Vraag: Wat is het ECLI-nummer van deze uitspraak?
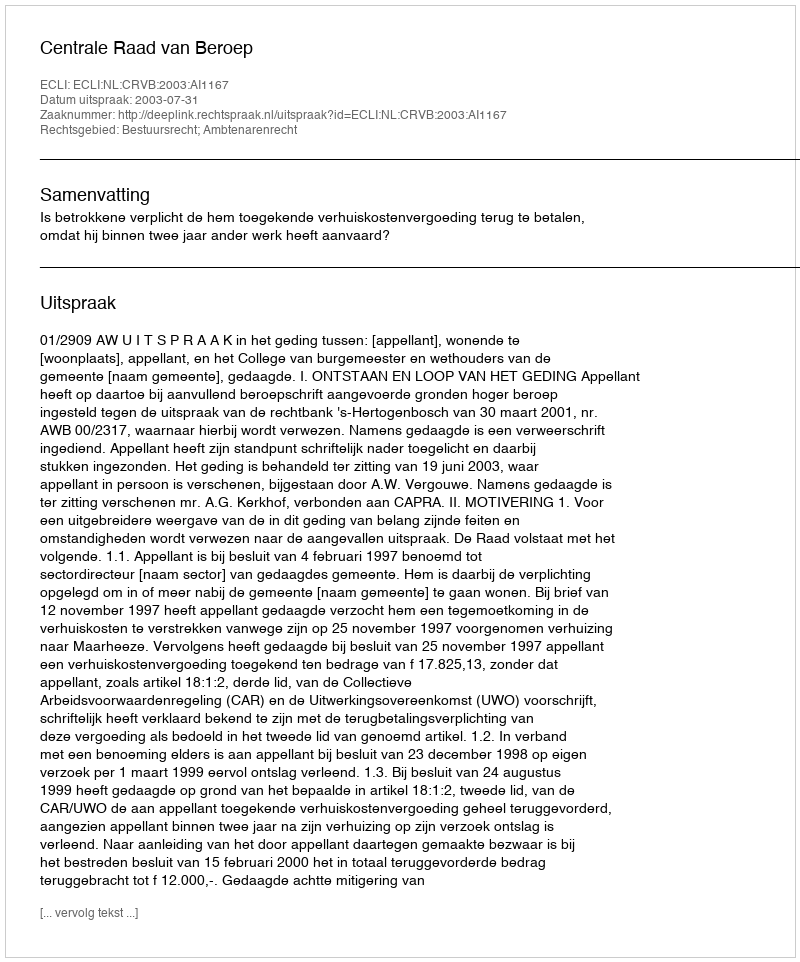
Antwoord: ECLI:NL:CRVB:2003:AI1167